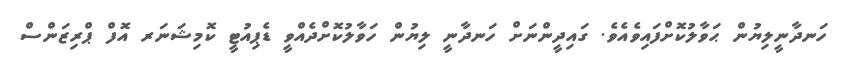
ހަނދާނީލިޔުން ޙަވާލުކޮށްފައިވެއެވެ. ގައިދީންނަށް ހަނދާނީ ލިޔުން ހަވާލުކޮށްދެއްވީ ޑެޕިއުޓީ ކޮމިޝަނަރ އޮފް ޕްރިޒަންސް